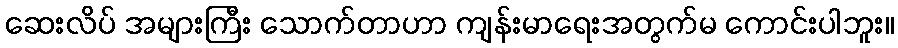
ဆေးလိပ် အများကြီး သောက်တာဟာ ကျန်းမာရေးအတွက်မ ကောင်းပါဘူး။